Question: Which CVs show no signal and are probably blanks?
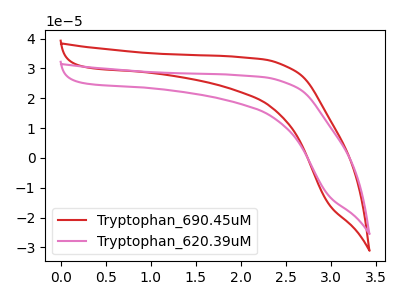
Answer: <think>The red curve "Tryptophan_690.45uM" has no peaks. The pink curve "Tryptophan_620.39uM" has no peaks.</think>
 <answer>"Tryptophan_690.45uM" and "Tryptophan_620.39uM" are likely to be blanks.</answer>
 <eval>"Tryptophan_690.45uM", "Tryptophan_620.39uM"</eval>